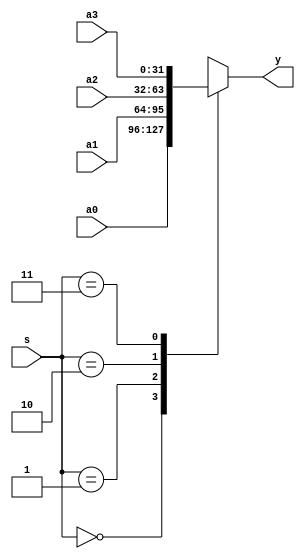
module mux4x32 (a0,a1,a2,a3,s,y); //4 to 1 multiplexer, 32-bit
	input [31:0]a0,a1,a2,a3;
	input [1:0]s;
	output [31:0]y;

	function [31:0]select;
		input [31:0]a0,a1,a2,a3;
		input [1:0]s;
		case (s)
			2'b00:select=a0;
			2'b01:select=a1;
			2'b10:select=a2;
			2'b11:select=a3;
		endcase
	endfunction 

	assign y = select(a0,a1,a2,a3,s);

endmodule